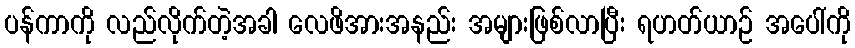
ပန်ကာကို လည်လိုက်တဲ့အခါ လေဖိအားအနည်း အများဖြစ်လာပြီး ရဟတ်ယာဉ် အပေါ်ကို